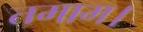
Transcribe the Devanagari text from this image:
तमाम।